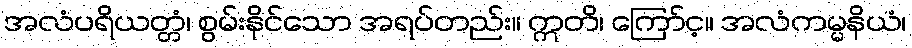
အလံပရိယတ္တံ၊ စွမ်းနိုင်သော အရပ်တည်း။ ဣတိ၊ ကြော်င့။ အလံကမ္မနိယံ၊